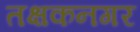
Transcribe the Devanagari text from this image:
तक्षकनगर